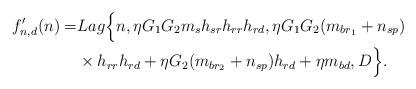
LaTeX: \begin{align*}f'_{n,d}(n) =& Lag\Big\{ n, \eta G_1G_2 m_s h_{sr} h_{rr}h_{rd}, \eta G_1G_2 (m_{br_1} + n_{sp}) \\& \times h_{rr}h_{rd} + \eta G_2 (m_{br_2} + n_{sp})h_{rd} + \eta m_{bd} , D \Big\}.\end{align*}